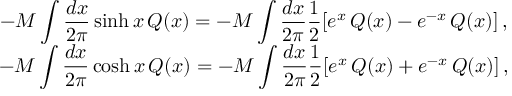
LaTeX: \begin{array} { c } { { \displaystyle - { \cal M } \displaystyle \int \displaystyle \frac { d x } { 2 \pi } \sinh x \, { \cal Q } ( x ) = - { \cal M } \displaystyle \int \displaystyle \frac { d x } { 2 \pi } \displaystyle \frac { 1 } { 2 } [ e ^ { x } \, { \cal Q } ( x ) - e ^ { - x } \, { \cal Q } ( x ) ] \, , } } \\ { { - { \cal M } \displaystyle \int \displaystyle \frac { d x } { 2 \pi } \cosh x \, { \cal Q } ( x ) = - { \cal M } \displaystyle \int \displaystyle \frac { d x } { 2 \pi } \displaystyle \frac { 1 } { 2 } [ e ^ { x } \, { \cal Q } ( x ) + e ^ { - x } \, { \cal Q } ( x ) ] \, , } } \end{array}